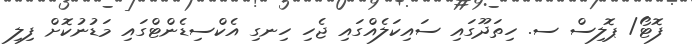
ފޮޓޯ/ ޕޮލިސް ސ. ހިތަދޫގައި ސައިކަލެއްގައި ޖެހި ހިނގި އެކްސިޑެންޓްގައި މަޑުނުކޮށް ފިލި